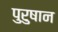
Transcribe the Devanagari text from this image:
पुरुषान